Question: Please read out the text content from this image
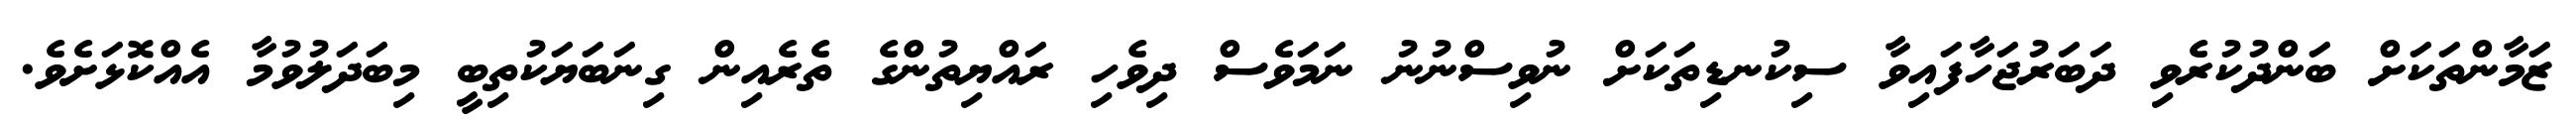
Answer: ޒަމާންތަކަށް ބަންދުކުރެވި ދަބަރުޖަހާފައިވާ ސިކުނޑިތަކަށް ނުވިސްނުނު ނަމަވެސް ދިވެހި ރައްޔިތުންގެ ތެރެއިން ގިނަބަޔަކުތިބީ މިބަދަލުވުމާ އެއްކޮޅަށެވެ.